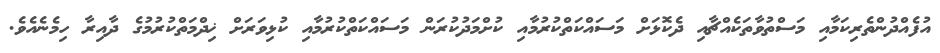
އުފެއްދުންތެރިކަމާއި މަސްތުވާތަކެއްޗާއި ދެކޮޅަށް މަސައްކަތްކުރުމާއި ކުށްމަދުކުރަން މަސައްކަތްކުރުމާއި ކުޅިވަރަށް ޚިދްމަތްކުރުމުގެ ދާއިރާ ހިމެނެއެވެ.